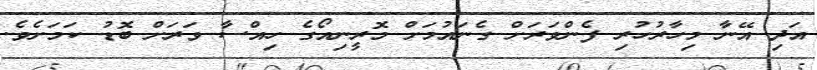
އަދި އޭނާ މިހާރުހުރި ފެންވަރަށް ގެނައުމަށް މޮރީނިއޯގެ ހިއްސާ ވަރަށް ބޮޑު ކަމަށެވެ.